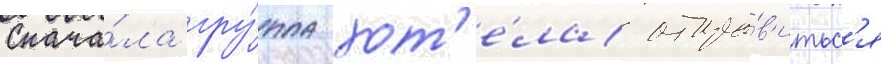
Снача́ла гру́ппа хот'е́ла отпра́в'итьс'я